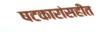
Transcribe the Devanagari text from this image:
षटकारांसहीत